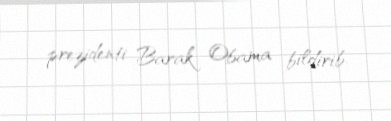
prezidenti Barak Obama bildirib.